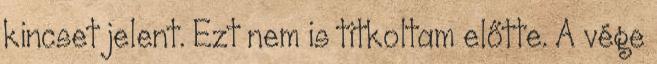
kincset jelent. Ezt nem is titkoltam előtte. A vége